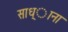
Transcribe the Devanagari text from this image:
साध्ाना